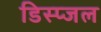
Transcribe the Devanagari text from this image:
डिस्प्जल